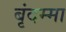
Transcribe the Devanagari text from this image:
बृंदम्मा